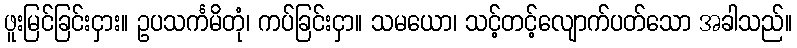
ဖူးမြင်ခြင်းငှား။ ဥပသင်္ကမိတုံ၊ ကပ်ခြင်းငှာ။ သမယော၊ သင့်တင့်လျောက်ပတ်သော အခါသည်။